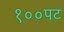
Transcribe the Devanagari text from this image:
१००पट